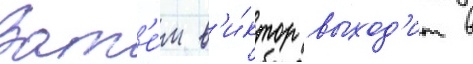
Зат'е́м в'и́ктор выход'ит в